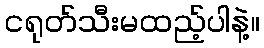
ငရုတ်သီးမထည့်ပါနဲ့။